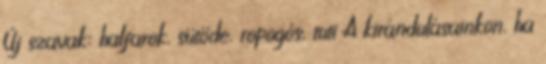
Új szavak: halfarok, sütöde, ropogós, tuti A kirándulásainkon, ha